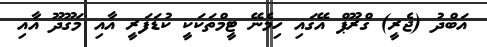
އަބްދު (ޖެރީ) ގްރޫޕް އޭގައި ހިމެނޭ ޓީމްތަކަކީ ކުޑަފަރީ އާއި މަގޫދޫ އާއި